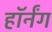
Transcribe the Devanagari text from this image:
हॉर्नंग